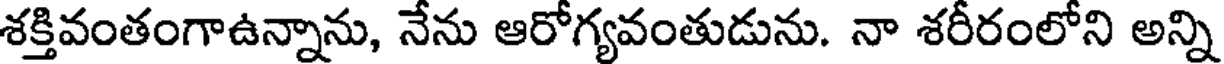
శక్తివంతంగాఉన్నాను, నేను ఆరోగ్యవంతుడును. నా శరీరంలోని అన్ని